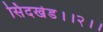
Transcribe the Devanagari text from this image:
सिंदखेड।।२।।